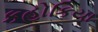
કહોકિયા